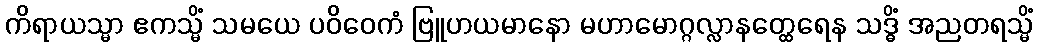
ကိရာယသ္မာ ဧကသ္မိံ သမယေ ပဝိဝေကံ ဗြူဟယမာနော မဟာမောဂ္ဂလ္လာနတ္ထေရေန သဒ္ဓိံ အညတရသ္မိံ